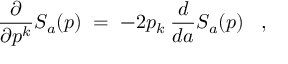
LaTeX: \frac { \partial } { \partial p ^ { k } } S _ { a } ( p ) \; = \; - 2 p _ { k } \: \frac { d } { d a } S _ { a } ( p ) \; \; \; ,